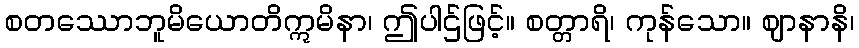
စတဿောဘူမိယောတိဣမိနာ၊ ဤပါဌ်ဖြင့်။ စတ္တာရိ၊ ကုန်သော။ ဈာနာနိ၊